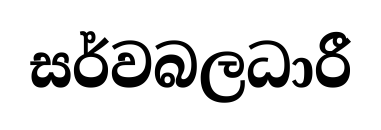
සර්වබලධාරී